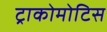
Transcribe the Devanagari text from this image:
ट्राकोमोटिस